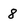
Character: 8